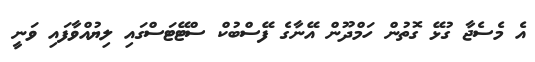
އެ މެެސެޖާ ގުޅޭ ގޮތުން ހަމްދޫން އޭނާގެ ފޭސްބުކް ސްޓޭޓަސްގައި ލިޔުއްވާފައި ވަނީ